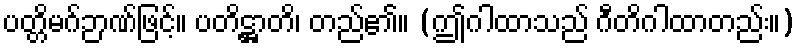
ပတ္တိမဂ်ဉာဏ်ဖြင့်။ ပတိဋ္ဌာတိ၊ တည်၏။ (ဤဂါထာသည် ဂီတိဂါထာတည်း။)